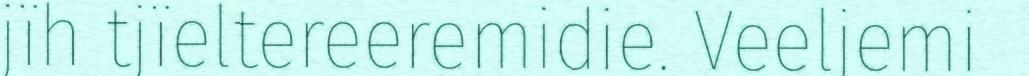
jïh tjïeltereeremidie. Veeljemi